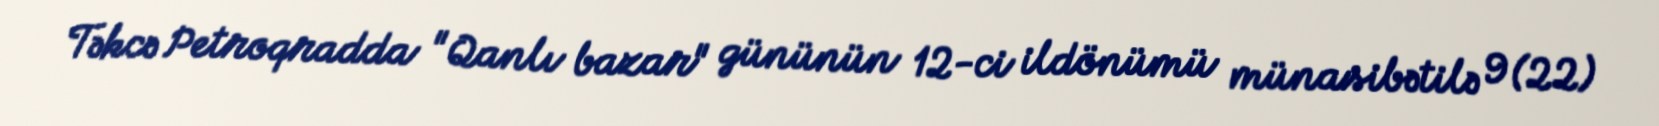
Təkcə Petroqradda "Qanlı bazar" gününün 12-ci ildönümü münasibətilə 9 (22)